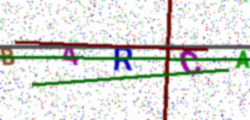
Text: B4RCA